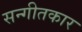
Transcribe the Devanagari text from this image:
सन्गीतकार